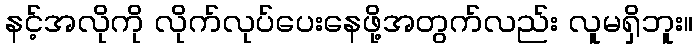
နင့်အလိုကို လိုက်လုပ်ပေးနေဖို့အတွက်လည်း လူမရှိဘူး။